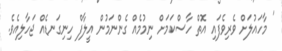
' މާހައުލަށް ވެރިވެފައި އޮތް ހާސްކަމަށް ނިމުމެއް ގެންނަމުން އީލާފް ހިނިގަނޑެއް ޖަހާލިއެވެ.